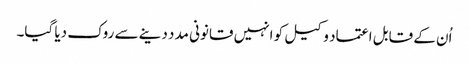
اُن کے قابل اعتماد وکیل کو انہیں قانونی مدد دینے سے روک دیا گیا۔